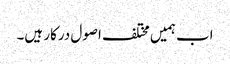
اب ہمیں مختلف اصول درکار ہیں۔